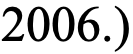
2006.)